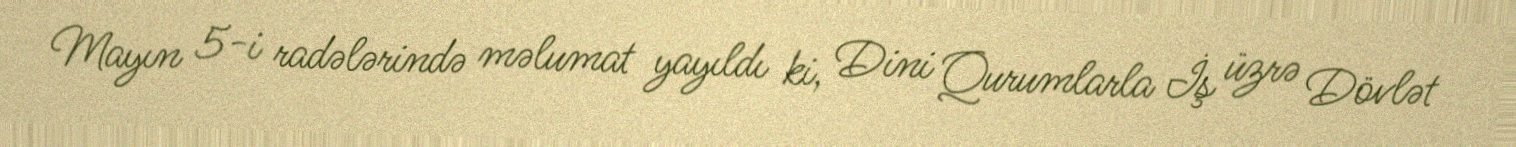
Mayın 5-i radələrində məlumat yayıldı ki, Dini Qurumlarla İş üzrə Dövlət